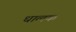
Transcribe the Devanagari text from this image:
धालक